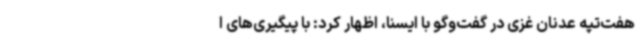
هفت‌تپه عدنان غزی در گفت‌وگو با ایسنا، اظهار کرد: با پیگیری‌های ا